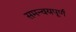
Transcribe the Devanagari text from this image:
समन्वयपूर्ण